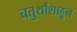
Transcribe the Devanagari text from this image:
चतुर्थांशाहून